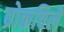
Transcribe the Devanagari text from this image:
ब्रोकविले